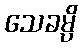
သေခမ္ပိ